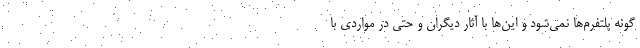
گونه پلتفرم‌ها نمی‌شود و این‌ها با آثار دیگران و حتی در مواردی با